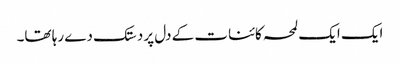
ایک ایک لمحہ کائنات کے دل پر دستک دے رہا تھا۔